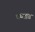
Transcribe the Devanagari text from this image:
पष्चात